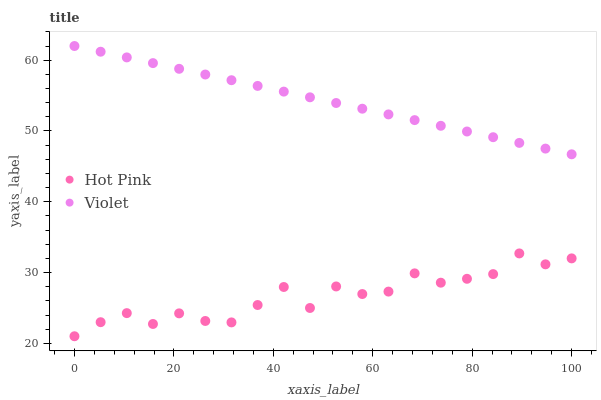
| xaxis_label | Hot Pink | Violet |
 | --- | --- | --- |
 | 0 | 21 | 62 |
 | 5.26 | 23 | 61.2 |
 | 10.5 | 24.3 | 60.4 |
 | 15.8 | 22.7 | 59.6 |
 | 21.1 | 24.2 | 58.8 |
 | 26.3 | 23.2 | 58 |
 | 31.6 | 23 | 57.2 |
 | 36.8 | 25.4 | 56.4 |
 | 42.1 | 28 | 55.6 |
 | 47.4 | 25 | 54.8 |
 | 52.6 | 28 | 53.9 |
 | 57.9 | 27 | 53.1 |
 | 63.2 | 27.3 | 52.3 |
 | 68.4 | 29.9 | 51.5 |
 | 73.7 | 28.6 | 50.7 |
 | 78.9 | 29.1 | 49.9 |
 | 84.2 | 29.8 | 49.1 |
 | 89.5 | 32.7 | 48.3 |
 | 94.7 | 31.2 | 47.5 |
 | 100 | 32 | 46.7 |